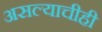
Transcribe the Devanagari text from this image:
असल्याचीही